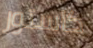
كاستور